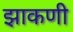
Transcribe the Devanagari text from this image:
झाकणी